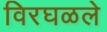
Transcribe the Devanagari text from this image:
विरघळले